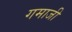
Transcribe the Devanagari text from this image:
गमाजी